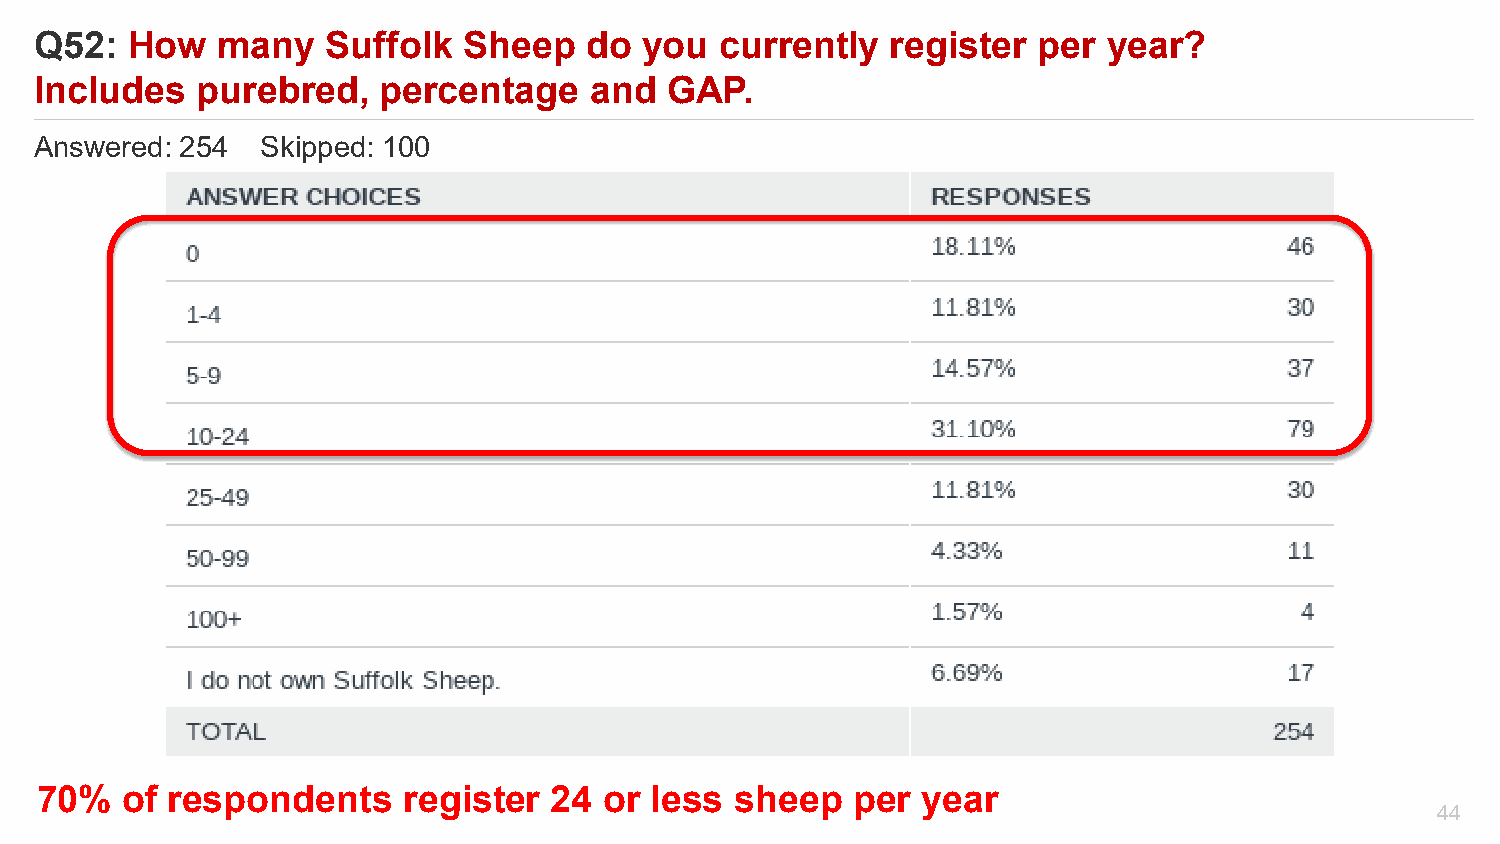
Q52:  How   many    Suffolk  Sheep   do  you  currently  register  per year?
 Includes   purebred,   percentage    and  GAP.
 Answered: 254  Skipped: 100
 70%   of respondents     register  24 or less  sheep   per year
 44
 Powered by